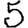
Digit: 5